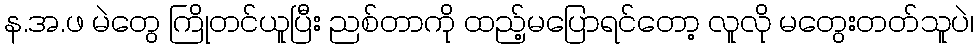
န.အ.ဖ မဲတွေ ကြိုတင်ယူပြီး ညစ်တာကို ထည့်မပြောရင်တော့ လူလို မတွေးတတ်သူပဲ၊